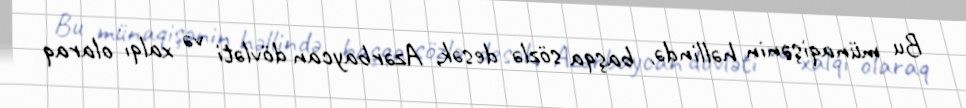
Bu münaqişənin həllində, başqa sözlə desək, Azərbaycan dövləti və xalqı olaraq